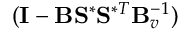
( \mathbf { I } - \mathbf { B } \mathbf { S } ^ { \ast } \mathbf { S } ^ { \ast T } \mathbf { B } _ { v } ^ { - 1 } )